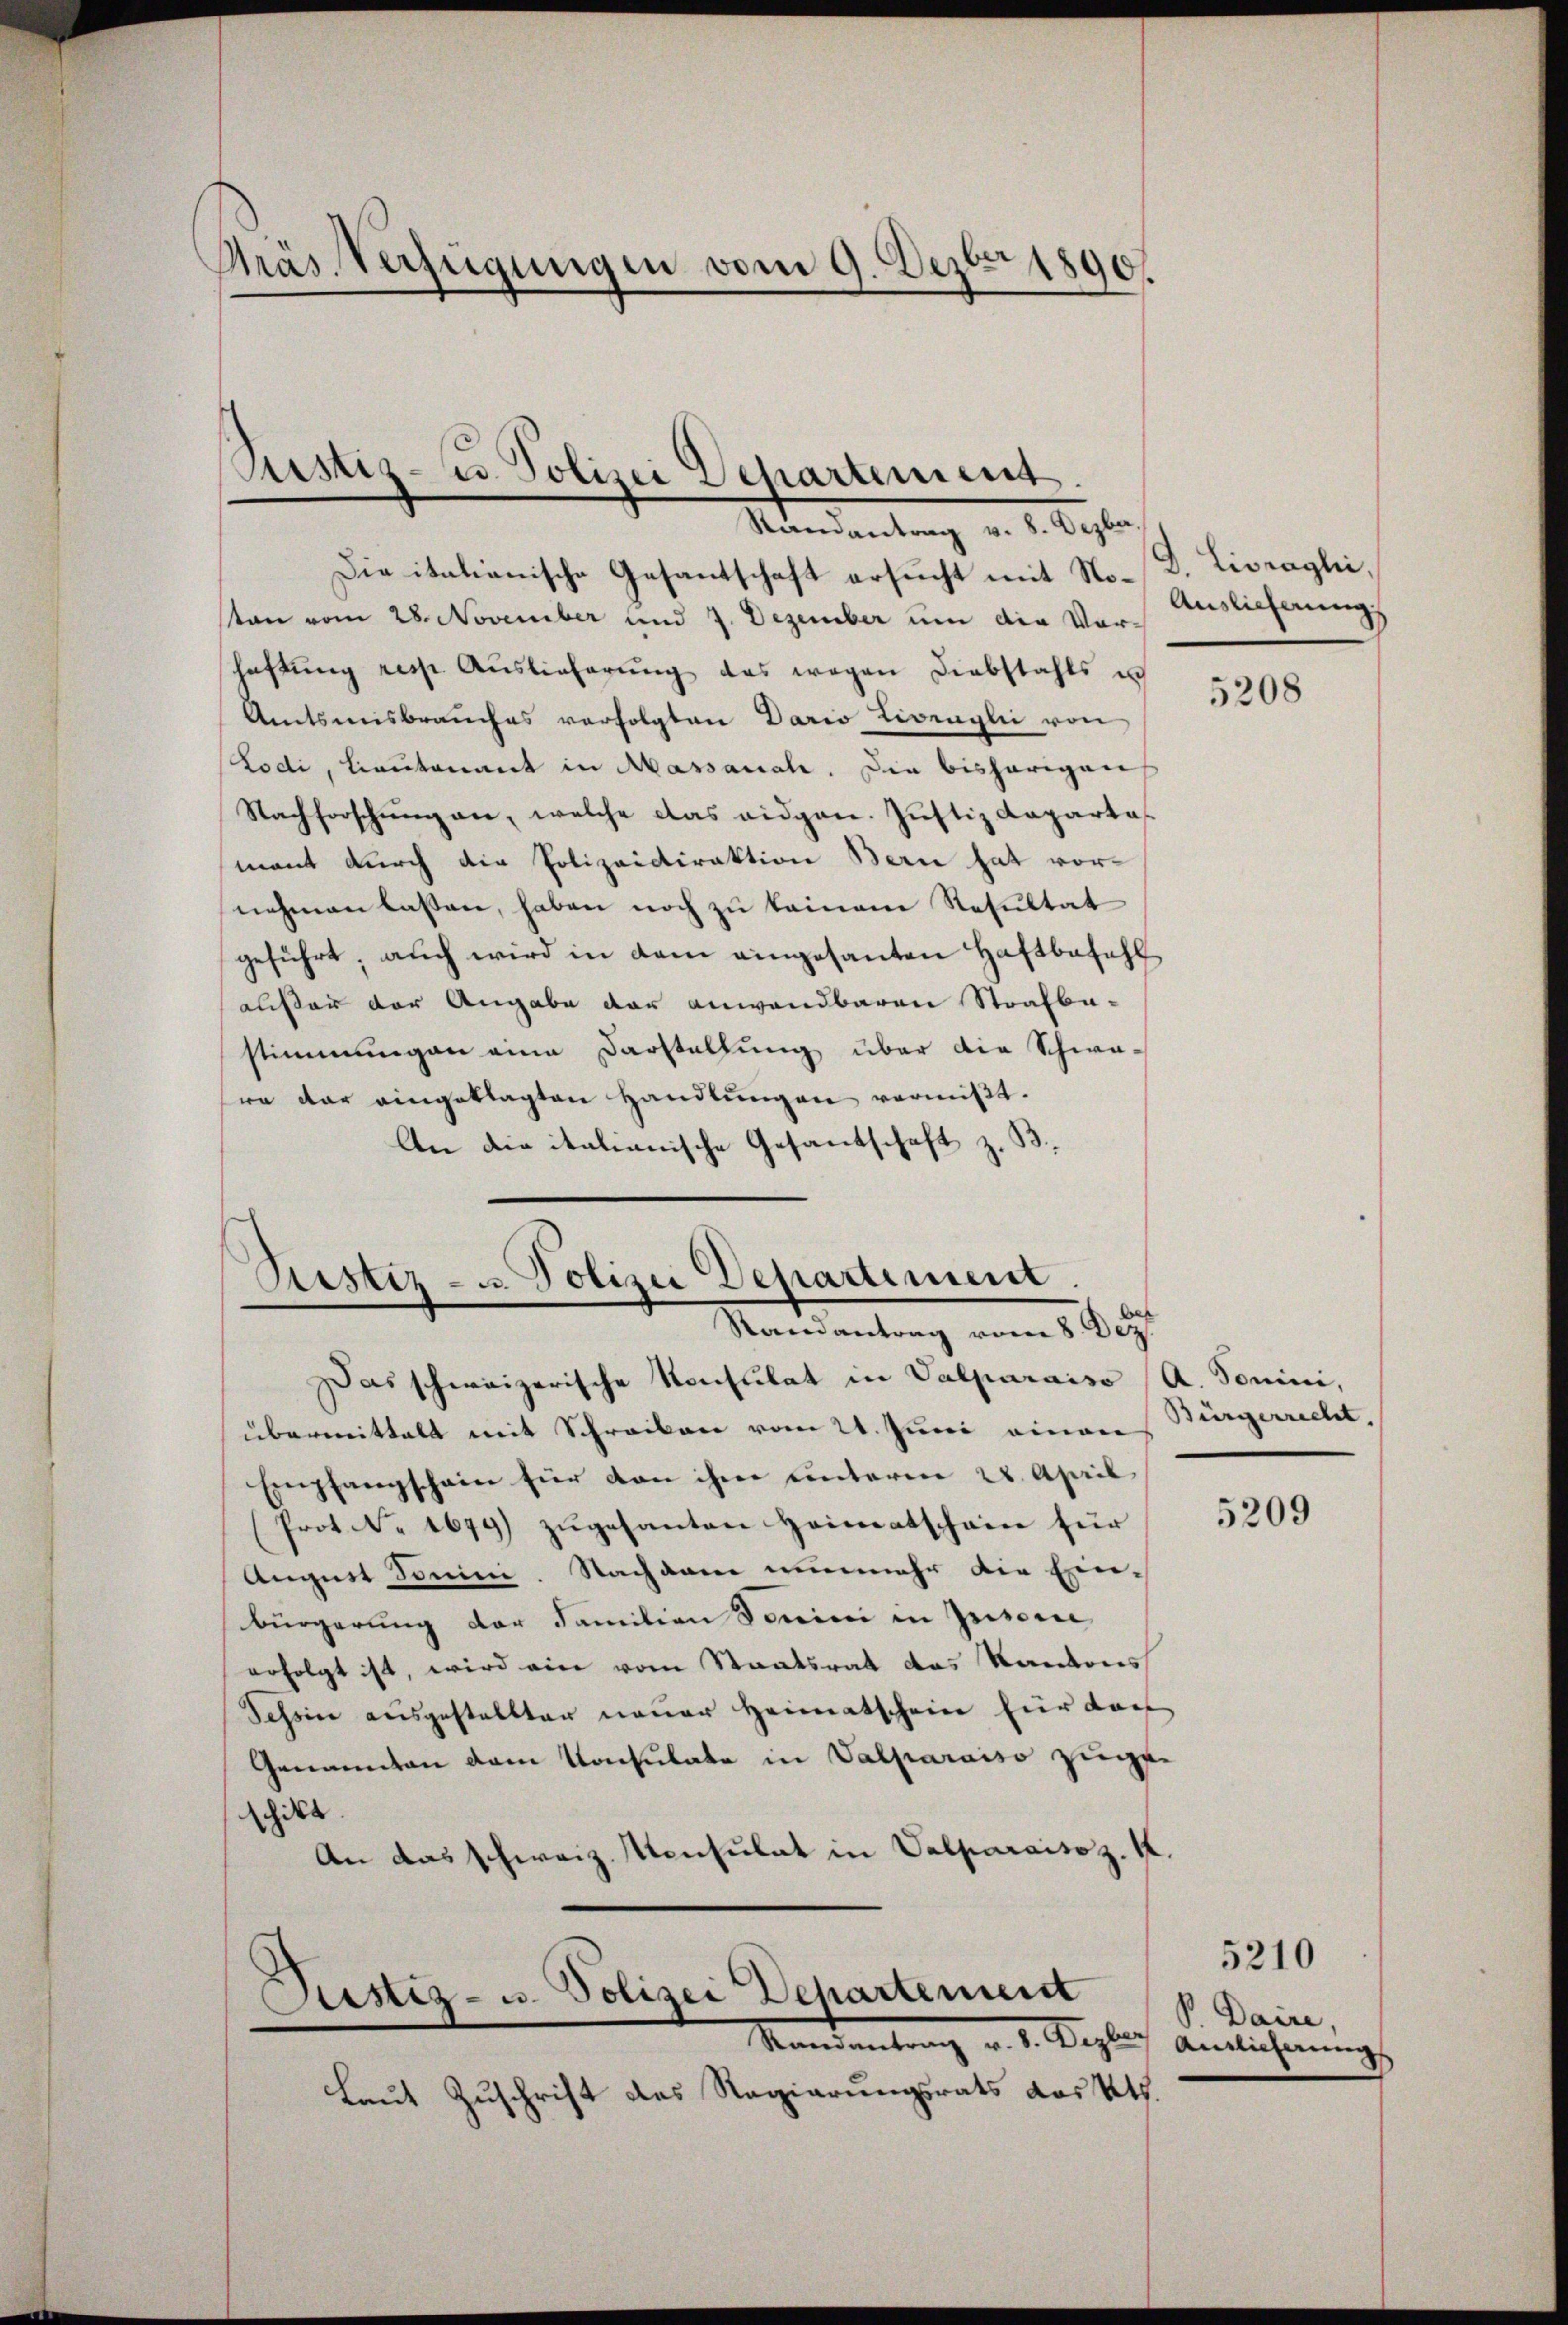
Präs. Verfügungen vom 9. Dezbr 1890.

Justiz- u Polizei Departement
Randantrag v. 8. Dezbar.

Die itationische Gesantschaft ersucht mit Nosten vom 28. November und 7. Dezember um die Vorhaftung resp. Auslieferung das wegen Diebstahls un
Amtsweisbrauches verfolgten Dario Livinglii von
Lodi, Lieutenant in Massauch. Die bisherigen
Nachforschung an, welche das eidgen. Justiz Rapartamant durch die Polizeidirektion Bern hat vornehmen lassen, haben noch zu keinen Resultat
geführt; auch wird in dem eingesanten Haftbefehl
außer der Angabe der anwendbaren Strafba-
stimmungen eine Darstellung über die Schwa-
re dar eingeklagten Handlŭngen vermißt.
An die italianische Gesandschaft z. B.

Ristiz- u. Polizei Departement.
Randantrag vom 8. Dez.

Das schweizerische Konsulat in Valparaiso (A. Tonini,
übermittelt mit Schreiben vom 21. Juni einem
Empfangschein für von ihre unterm 28. April
Prot. N. 1699) zŭgesanten Heimatschein für
August Sonini. Nachdann nunmehr die Ein-
bürgerung der Familien domini in Insere
erfolgt ist, wird ein vom Staatsrat das Kantons
Tessin ausgestellter neuer Heimatschein für dass
Genannten vom Konsulate in Valparaiso zuge-
schikt.
An das schweiz. Konsulat in Valparaiso z. 12.
Justiz- u. Polizei Departement
Mandentrag v. 1. Begler, Amtlicherung
Laut Zuschrift des Regierungsrats des Kts.

D. Livraghi,
Auslieferung
8

5208

Bürgerrecht.

5209

P. Daire,

5210